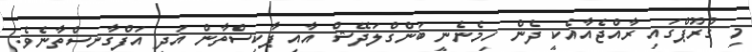
މި ގްރޫޕްގައި ރާއްޖެއާއެކީ ދެން ހިމެނެނީ ބަންގްލަދޭޝް އާއި ޕާކިސްތާން އަދި އަފްގާނިސްތާނެވެ.